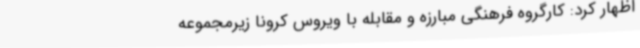
اظهار کرد: کارگروه فرهنگی مبارزه و مقابله با ویروس کرونا زیرمجموعه